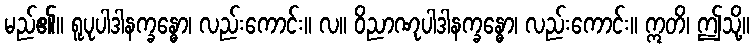
မည်၏။ ရူပုပါဒါနက္ခန္ဓော၊ လည်းကောင်း။ လ။ ဝိညာဏုပါဒါနက္ခန္ဓော၊ လည်းကောင်း။ ဣတိ၊ ဤသို့။